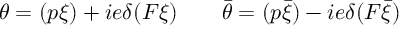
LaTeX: \theta = ( p \xi ) + i e \delta ( F \xi ) \qquad \bar { \theta } = ( p \bar { \xi } ) - i e \delta ( F \bar { \xi } )